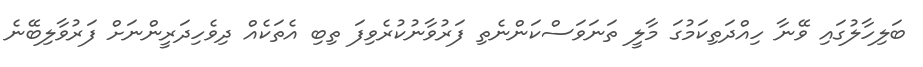
ބަލިހާލުގައި ވޭނާ ހިއްދަތިކަމުގަ މާލީ ތަނަވަސްކަންނެތި ފަރުވާނުކުރެވިފަ ތިބި އެތަކެއް ދިވެހިދަރީންނަށް ފަރުވާލިބޭނެ